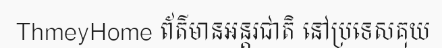
ThmeyHome ព័ត៌មានអន្តរជាតិ នៅប្រទេសគុយ